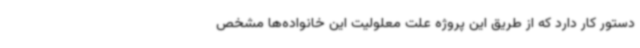
دستور کار دارد که از طریق این پروژه علت معلولیت این خانواده‌ها مشخص